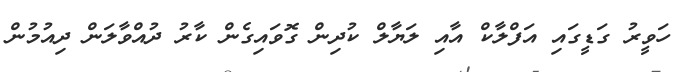
ހަވީރު ގަޑީގައި އަފްލާކް އާއި ލަޔާލް ކުދިން ގޮވައިގެން ކާރު ދުއްވާލަން ދިއުމުން